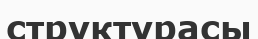
структурасы